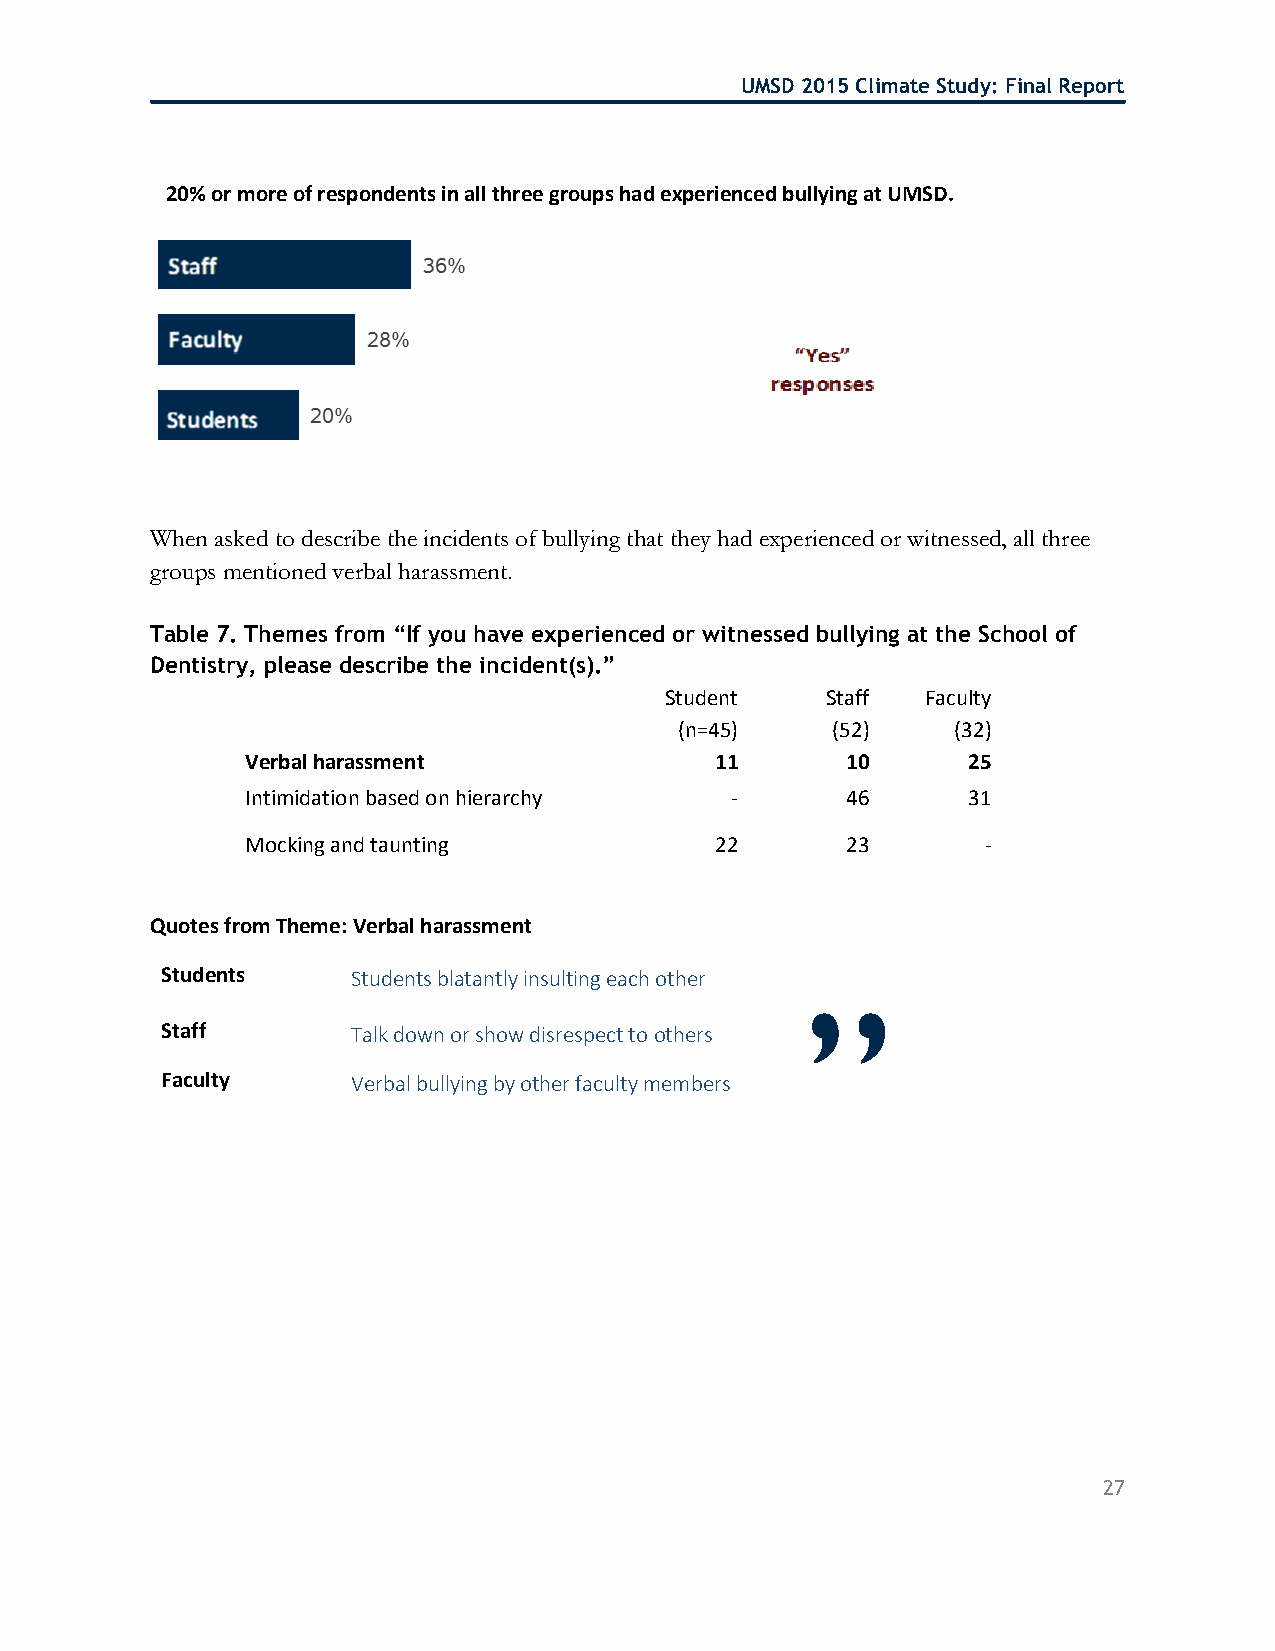
UMSD 2015 Climate Study: Final Report
 20% or more of respondents in all three groups had experienced bullying at UMSD.
 When asked to describe the incidents of bullying that they had experienced or witnessed, all three
 groups mentioned verbal harassment.
 Table 7. Themes from “If you have experienced or witnessed bullying at the School of
 Dentistry, please describe the incident(s).”
 Student    Staff Faculty
 (n=45)    (52)    (32)
 Verbal harassment              11       10      25
 Intimidation based on hierarchy -       46      31
 Mocking and taunting           22       23       -
 Quotes from Theme: Verbal harassment
 Students    Students blatantly insulting each other
 ”
 Staff       Talk down or show disrespect to others
 Faculty     Verbal bullying by other faculty members
 27